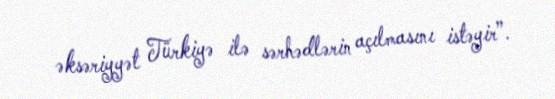
əksəriyyət Türkiyə ilə sərhədlərin açılmasını istəyir”.